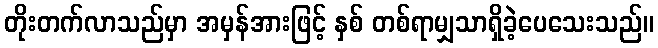
တိုးတက်လာသည်မှာ အမှန်အားဖြင့် နှစ် တစ်ရာမျှသာရှိခဲ့ပေသေးသည်။